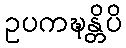
ဥပကဍ္ဎန္တိပိ